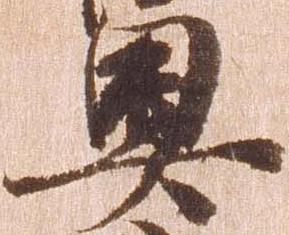
奥